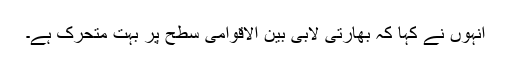
انہوں نے کہا کہ بھارتی لابی بین الاقوامی سطح پر بہت متحرک ہے۔